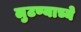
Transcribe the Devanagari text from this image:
लुटण्याच्ये